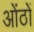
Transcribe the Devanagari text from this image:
ओंठों